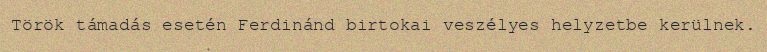
Török támadás esetén Ferdinánd birtokai veszélyes helyzetbe kerülnek.